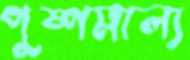
পুষ্পমাল্য